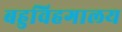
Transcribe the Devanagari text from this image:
बहुविहगालय